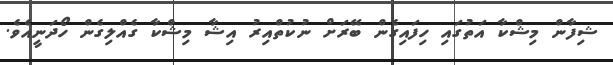
ޝިފާން މިޝްކާ އަތުގައި ހިފައިގެން ބޭރަށް ނުކުތްއިރު އިޝާ މިޝްކާ ގެއްލިގެން ހޯދަނީއެވެ.